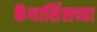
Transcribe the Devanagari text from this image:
कॅथार्सिसच्या